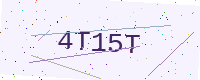
Text: 4T15T